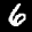
Label: 6